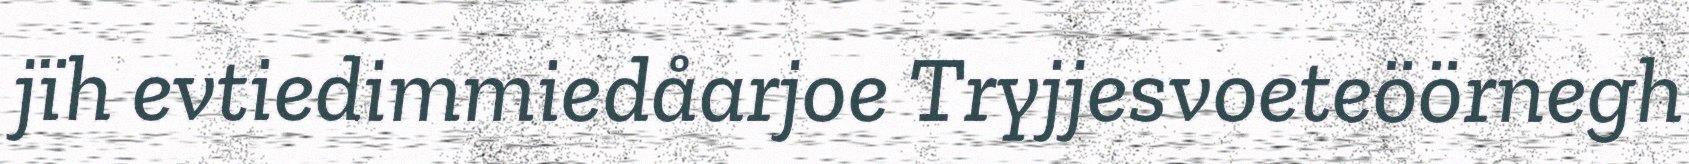
jïh evtiedimmiedåarjoe Tryjjesvoeteöörnegh